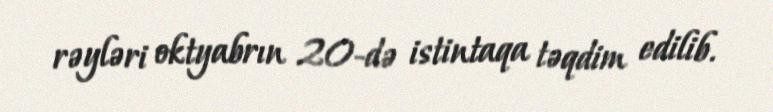
rəyləri oktyabrın 20-də istintaqa təqdim edilib.